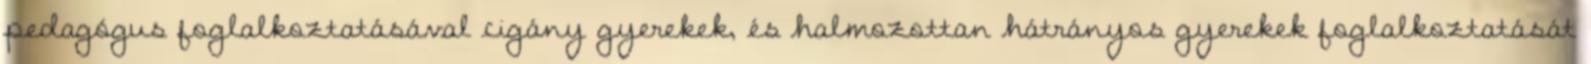
pedagógus foglalkoztatásával cigány gyerekek, és halmozottan hátrányos gyerekek foglalkoztatását